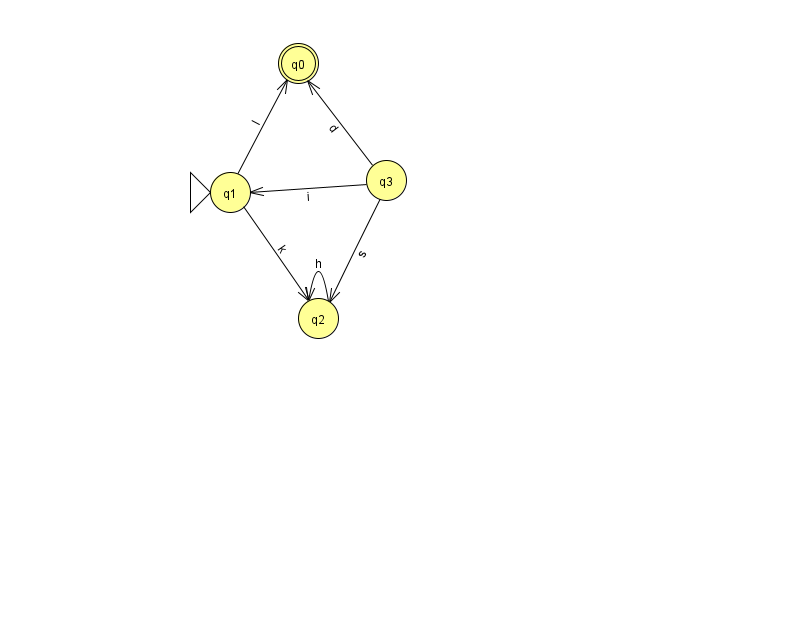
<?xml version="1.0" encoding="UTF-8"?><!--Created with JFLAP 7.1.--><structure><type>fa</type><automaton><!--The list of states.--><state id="0" name="q0"><x>298.0</x><y>50.0</y><final/></state><state id="1" name="q1"><x>230.0</x><y>179.0</y><initial/></state><state id="2" name="q2"><x>318.0</x><y>305.0</y></state><state id="3" name="q3"><x>386.0</x><y>167.0</y></state><!--The list of transitions.--><transition><from>1</from><to>0</to><read>l</read></transition><transition><from>1</from><to>2</to><read>k</read></transition><transition><from>3</from><to>1</to><read>i</read></transition><transition><from>3</from><to>0</to><read>d</read></transition><transition><from>3</from><to>2</to><read>s</read></transition><transition><from>2</from><to>2</to><read>h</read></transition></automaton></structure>